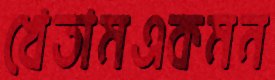
খেতামএকমন